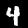
Label: 4